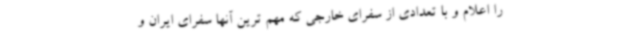
را اعلام و با تعدادی از سفرای خارجی که مهم ترین آنها سفرای ایران و